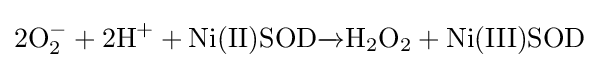
{\rm {2O_{2}^{-}+2H^{+}+Ni(II)SOD{\xrightarrow {}}H_{2}O_{2}+Ni(III)SOD}}